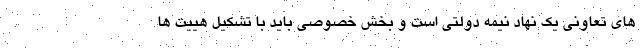
های تعاونی یک نهاد نیمه دولتی است و بخش خصوصی باید با تشکیل هییت ها